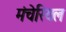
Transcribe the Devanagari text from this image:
मंचेरियल